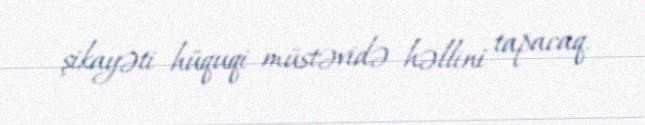
şikayəti hüquqi müstəvidə həllini tapacaq.